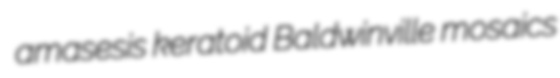
amasesis keratoid Baldwinville mosaics